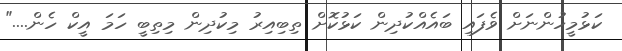
ކަޅުމީހުންނަށް ވެފައި ބައެއްކުދިން ކަޅުކޮށް ތިބިއިރު މިކުދިން މިތިބީ ހަމަ އީކް ހެން...."